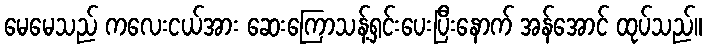
မေမေသည် ကလေးငယ်အား ဆေးကြောသန့်ရှင်းပေးပြီးနောက် အန်အောင် ထုပ်သည်။